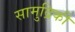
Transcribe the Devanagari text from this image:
सामुद्रिकी